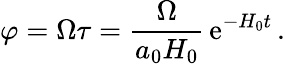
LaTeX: \varphi=\Omega\tau=\frac{\Omega}{a_{0}H_{0}}\, \mathrm{e}^{-H_{0}t}\, .